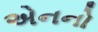
એનનો